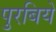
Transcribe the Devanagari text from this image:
पुरबिये